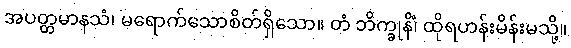
အပတ္တမာနသံ၊ မရောက်သောစိတ်ရှိသော။ တံ ဘိက္ခုနိံ၊ ထိုရဟန်းမိန်းမသို့။